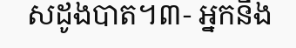
សដូងបាត។៣- អ្នកនឹង